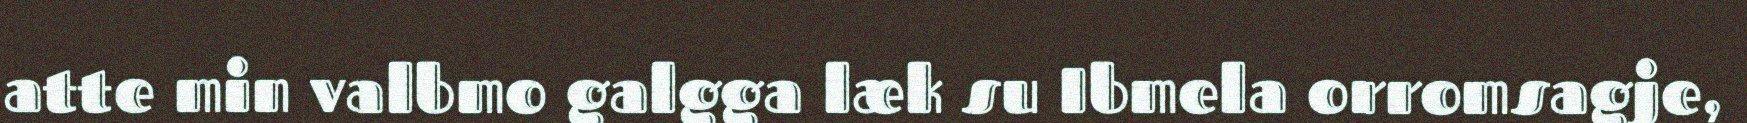
atte min valbmo galgga læk su Ibmela orromsagje,